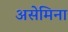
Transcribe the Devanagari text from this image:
असेमिना